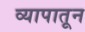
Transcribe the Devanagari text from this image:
व्यापातून